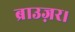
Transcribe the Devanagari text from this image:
ब्राउज़र।